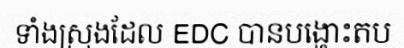
ទាំងស្រុងដែល EDC បានបង្ហោះតប